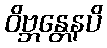
ဝိဗ္ဘန္တေနပိ